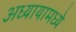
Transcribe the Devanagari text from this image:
अध्यायामध्ये